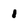
Character: 1